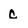
Character: c